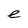
Character: e